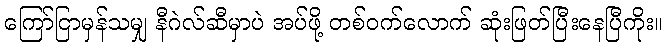
ကြော်ငြာမှန်သမျှ နီဂဲလ်ဆီမှာပဲ အပ်ဖို့ တစ်ဝက်လောက် ဆုံးဖြတ်ပြီးနေပြီကိုး။